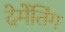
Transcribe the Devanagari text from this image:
देमेंतिंग